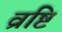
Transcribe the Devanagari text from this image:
व्रष्टि